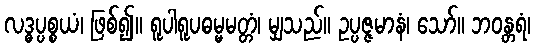
လဒ္ဓပ္ပစ္စယံ၊ ဖြစ်၍။ ရူပါရူပဓမ္မမတ္တံ၊ မျှသည်။ ဥပ္ပဇ္ဇမာနံ၊ သော်။ ဘဝန္တရံ၊